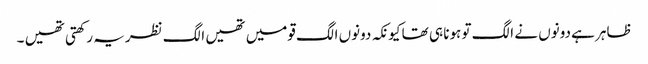
ظاہر ہے دونوں نے الگ تو ہونا ہی تھا کیونکہ دونوں الگ قومیں تھیں الگ نظریہ رکھتی تھیں ۔